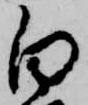
白